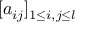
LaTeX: [ a _ { i j } ] _ { 1 \leq i , j \leq l }